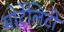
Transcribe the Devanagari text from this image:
मोर्टेलिटी